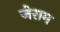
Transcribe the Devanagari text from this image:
जेराम